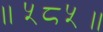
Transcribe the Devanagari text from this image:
॥५८५॥